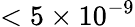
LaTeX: <5\times 10^{-9}